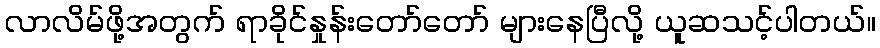
လာလိမ်ဖို့အတွက် ရာခိုင်နှုန်းတော်တော် များနေပြီလို့ ယူဆသင့်ပါတယ်။